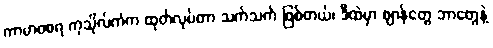
ကာမာဝစရ ကုသိုလ်ကံက ထုတ်လုပ်တာ သက်သက် ဖြစ်တယ်၊ ဒီထဲမှာ ဈာန်တွေ ဘာတွေနဲ့